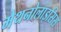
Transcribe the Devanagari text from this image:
मेथनोलाइसिस